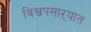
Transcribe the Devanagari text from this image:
विश्वपसाऱ्यात